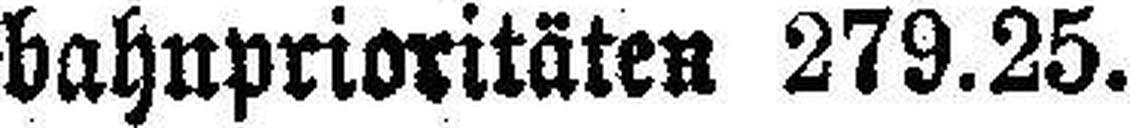
bahnprioritäten 279.25.